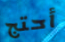
أحتج